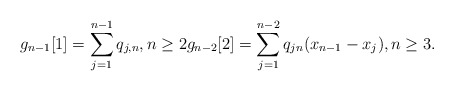
\begin{gather*} g_{n-1}[1]=\sum_{j=1}^{n-1} q_{j,n}, n \ge 2 g_{n-2}[2]= \sum_{j=1}^{n-2} q_{jn} (x_{n-1}-x_{j}), n \ge 3. \end{gather*}